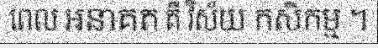
ពេល អនាគត គឺ វិស័យ កសិកម្ម ។